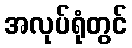
အလုပ်ရုံတွင်